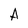
Character: A